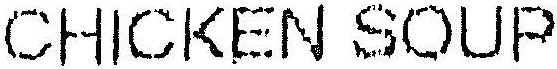
CHICKEN SOUP